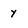
Character: y